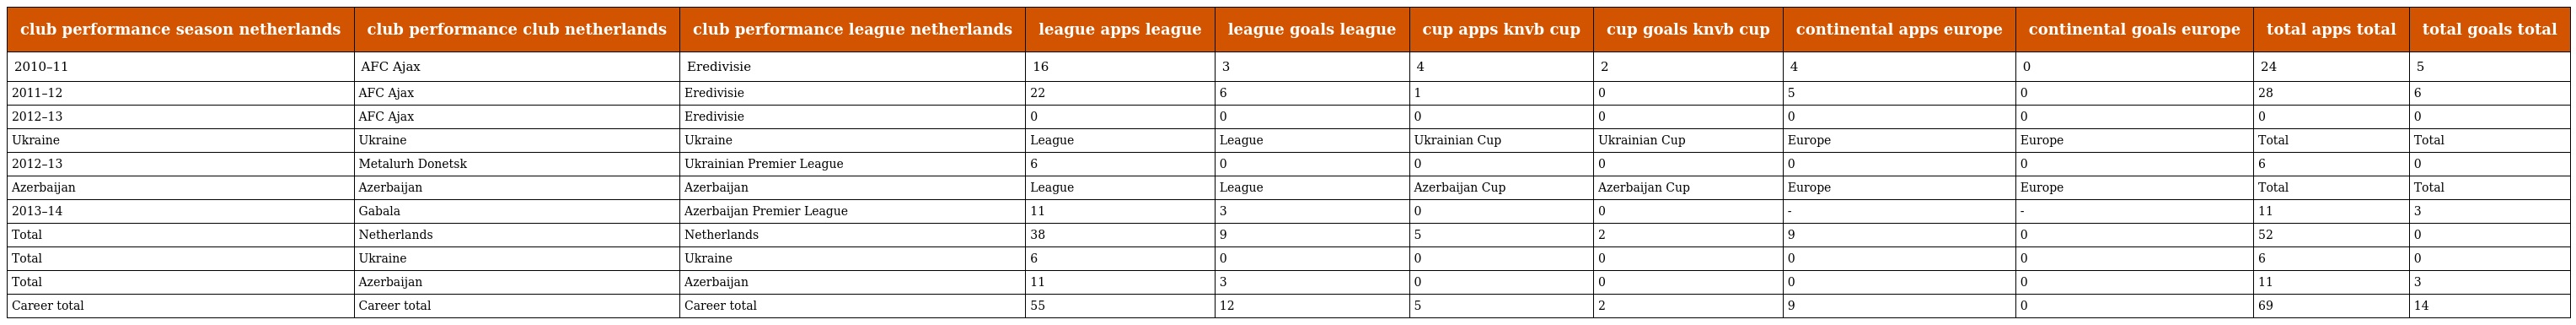
| club performance season netherlands | club performance club netherlands | club performance league netherlands | league apps league | league goals league | cup apps knvb cup | cup goals knvb cup | continental apps europe | continental goals europe | total apps total | total goals total |
 | --- | --- | --- | --- | --- | --- | --- | --- | --- | --- | --- |
 | 2010–11 | AFC Ajax | Eredivisie | 16 | 3 | 4 | 2 | 4 | 0 | 24 | 5 |
 | 2011–12 | AFC Ajax | Eredivisie | 22 | 6 | 1 | 0 | 5 | 0 | 28 | 6 |
 | 2012–13 | AFC Ajax | Eredivisie | 0 | 0 | 0 | 0 | 0 | 0 | 0 | 0 |
 | Ukraine | Ukraine | Ukraine | League | League | Ukrainian Cup | Ukrainian Cup | Europe | Europe | Total | Total |
 | 2012–13 | Metalurh Donetsk | Ukrainian Premier League | 6 | 0 | 0 | 0 | 0 | 0 | 6 | 0 |
 | Azerbaijan | Azerbaijan | Azerbaijan | League | League | Azerbaijan Cup | Azerbaijan Cup | Europe | Europe | Total | Total |
 | 2013–14 | Gabala | Azerbaijan Premier League | 11 | 3 | 0 | 0 | - | - | 11 | 3 |
 | Total | Netherlands | Netherlands | 38 | 9 | 5 | 2 | 9 | 0 | 52 | 0 |
 | Total | Ukraine | Ukraine | 6 | 0 | 0 | 0 | 0 | 0 | 6 | 0 |
 | Total | Azerbaijan | Azerbaijan | 11 | 3 | 0 | 0 | 0 | 0 | 11 | 3 |
 | Career total | Career total | Career total | 55 | 12 | 5 | 2 | 9 | 0 | 69 | 14 |